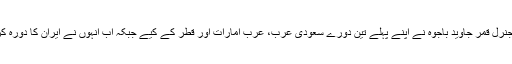
پاک فوج کے سربراہ جنرل قمر جاوید باجوہ نے اپنے پہلے تین دورے سعودی عرب، عرب امارات اور قطر کے کیے جبکہ اب انہوں نے ایران کا دورہ کرنے کا اعلان کیا ہے۔